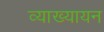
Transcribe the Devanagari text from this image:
व्याख्यायन